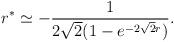
LaTeX: \begin{align*}r^* \simeq - { 1 \over 2 \sqrt 2( 1 - e^{ - 2 \sqrt 2 r})}.\end{align*}